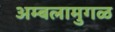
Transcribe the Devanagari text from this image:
अम्बलामुगळ